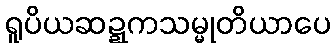
ရူပိယဆဍ္ဍကသမ္မုတိယာပေ